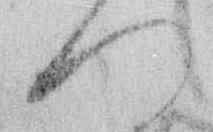
つ